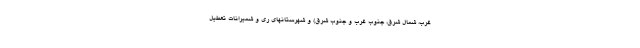
غرب، شمال شرق، جنوب غرب و جنوب شرق) و شهرستانهای ری و شمیرانات تعطیل